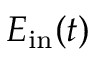
E _ { \mathrm { i n } } ( t )